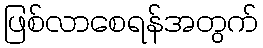
ဖြစ်လာစေရန်အတွက်